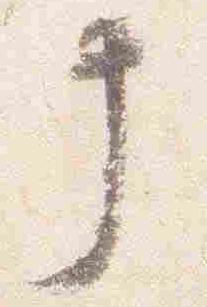
中